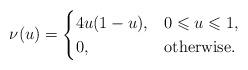
LaTeX: \begin{align*} \nu(u) = \begin{cases} 4u(1-u), & 0 \leqslant u \leqslant 1, \\ 0, & \mbox{otherwise}. \end{cases}\end{align*}